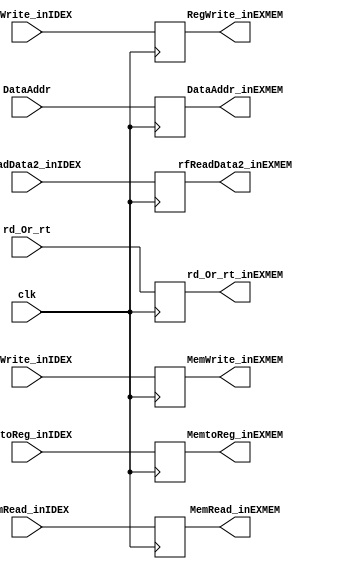
`timescale 1ns / 1ps
//////////////////////////////////////////////////////////////////////////////////
// Company: 
// Engineer: 
// 
// Design Name: 
// Module Name: EXMEM
// Project Name: 
// Target Devices: 
// Tool Versions: 
// Description: 
// 
// Dependencies: 
// 
// Revision:
// Revision 0.01 - File Created
// Additional Comments:
// 
//////////////////////////////////////////////////////////////////////////////////


module EXMEM(clk,MemtoReg_inIDEX,RegWrite_inIDEX,MemWrite_inIDEX,MemRead_inIDEX,
            DataAddr,rfReadData2_inIDEX,rd_Or_rt,
            MemtoReg_inEXMEM,RegWrite_inEXMEM,MemWrite_inEXMEM,MemRead_inEXMEM,
            DataAddr_inEXMEM,rfReadData2_inEXMEM,rd_Or_rt_inEXMEM
            );
    input clk;
    input MemtoReg_inIDEX;
    input RegWrite_inIDEX;
    input [1:0] MemWrite_inIDEX;
    input [2:0] MemRead_inIDEX;
    input [31:0] DataAddr;
    input [31:0] rfReadData2_inIDEX;
    input [4:0] rd_Or_rt;

    output reg MemtoReg_inEXMEM;
    output reg RegWrite_inEXMEM;
    output reg [1:0] MemWrite_inEXMEM;
    output reg [2:0] MemRead_inEXMEM;
    output reg [31:0] DataAddr_inEXMEM;
    output reg [31:0] rfReadData2_inEXMEM;
    output reg [4:0] rd_Or_rt_inEXMEM;
 
    always @(posedge clk) begin
        MemtoReg_inEXMEM = MemtoReg_inIDEX;
        RegWrite_inEXMEM = RegWrite_inIDEX;
        MemWrite_inEXMEM = MemWrite_inIDEX;
        MemRead_inEXMEM = MemRead_inIDEX;
        DataAddr_inEXMEM = DataAddr;
        rfReadData2_inEXMEM = rfReadData2_inIDEX;
        rd_Or_rt_inEXMEM = rd_Or_rt;
    end
endmodule